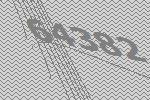
64382